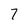
Character: 7